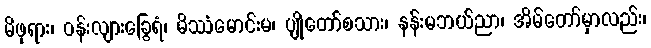
မိဖုရား၊ ဝန်းလျားခြွေရံ၊ မိဿံမောင်းမ၊ ပျိုတော်စသား၊ နန်းမဘယ်ညာ၊ အိမ်တော်မှာလည်း၊